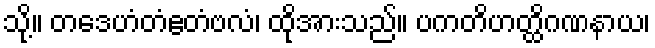
သို့။ တဒေဟံတံဧတံဗလံ၊ ထိုအားသည်။ ပကတိဟတ္ထိဂဏနာယ၊